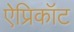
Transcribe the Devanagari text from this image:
ऐप्रिकॉट